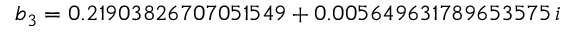
b _ { 3 } = 0 . 2 1 9 0 3 8 2 6 7 0 7 0 5 1 5 4 9 + 0 . 0 0 5 6 4 9 6 3 1 7 8 9 6 5 3 5 7 5 \, i